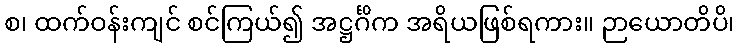
စ၊ ထက်ဝန်းကျင် စင်ကြယ်၍ အဋ္ဌင်္ဂိက အရိယဖြစ်ရကား။ ဉာယောတိပိ၊